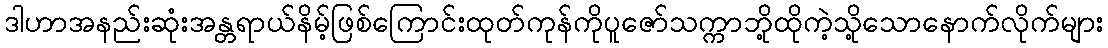
ဒါဟာအနည်းဆုံးအန္တရာယ်နိမ့်ဖြစ်ကြောင်းထုတ်ကုန်ကိုပူဇော်သက္ကာဘို့ထိုကဲ့သို့သောနောက်လိုက်များ